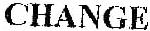
CHANGE